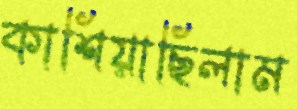
কাশিয়াছিলাম